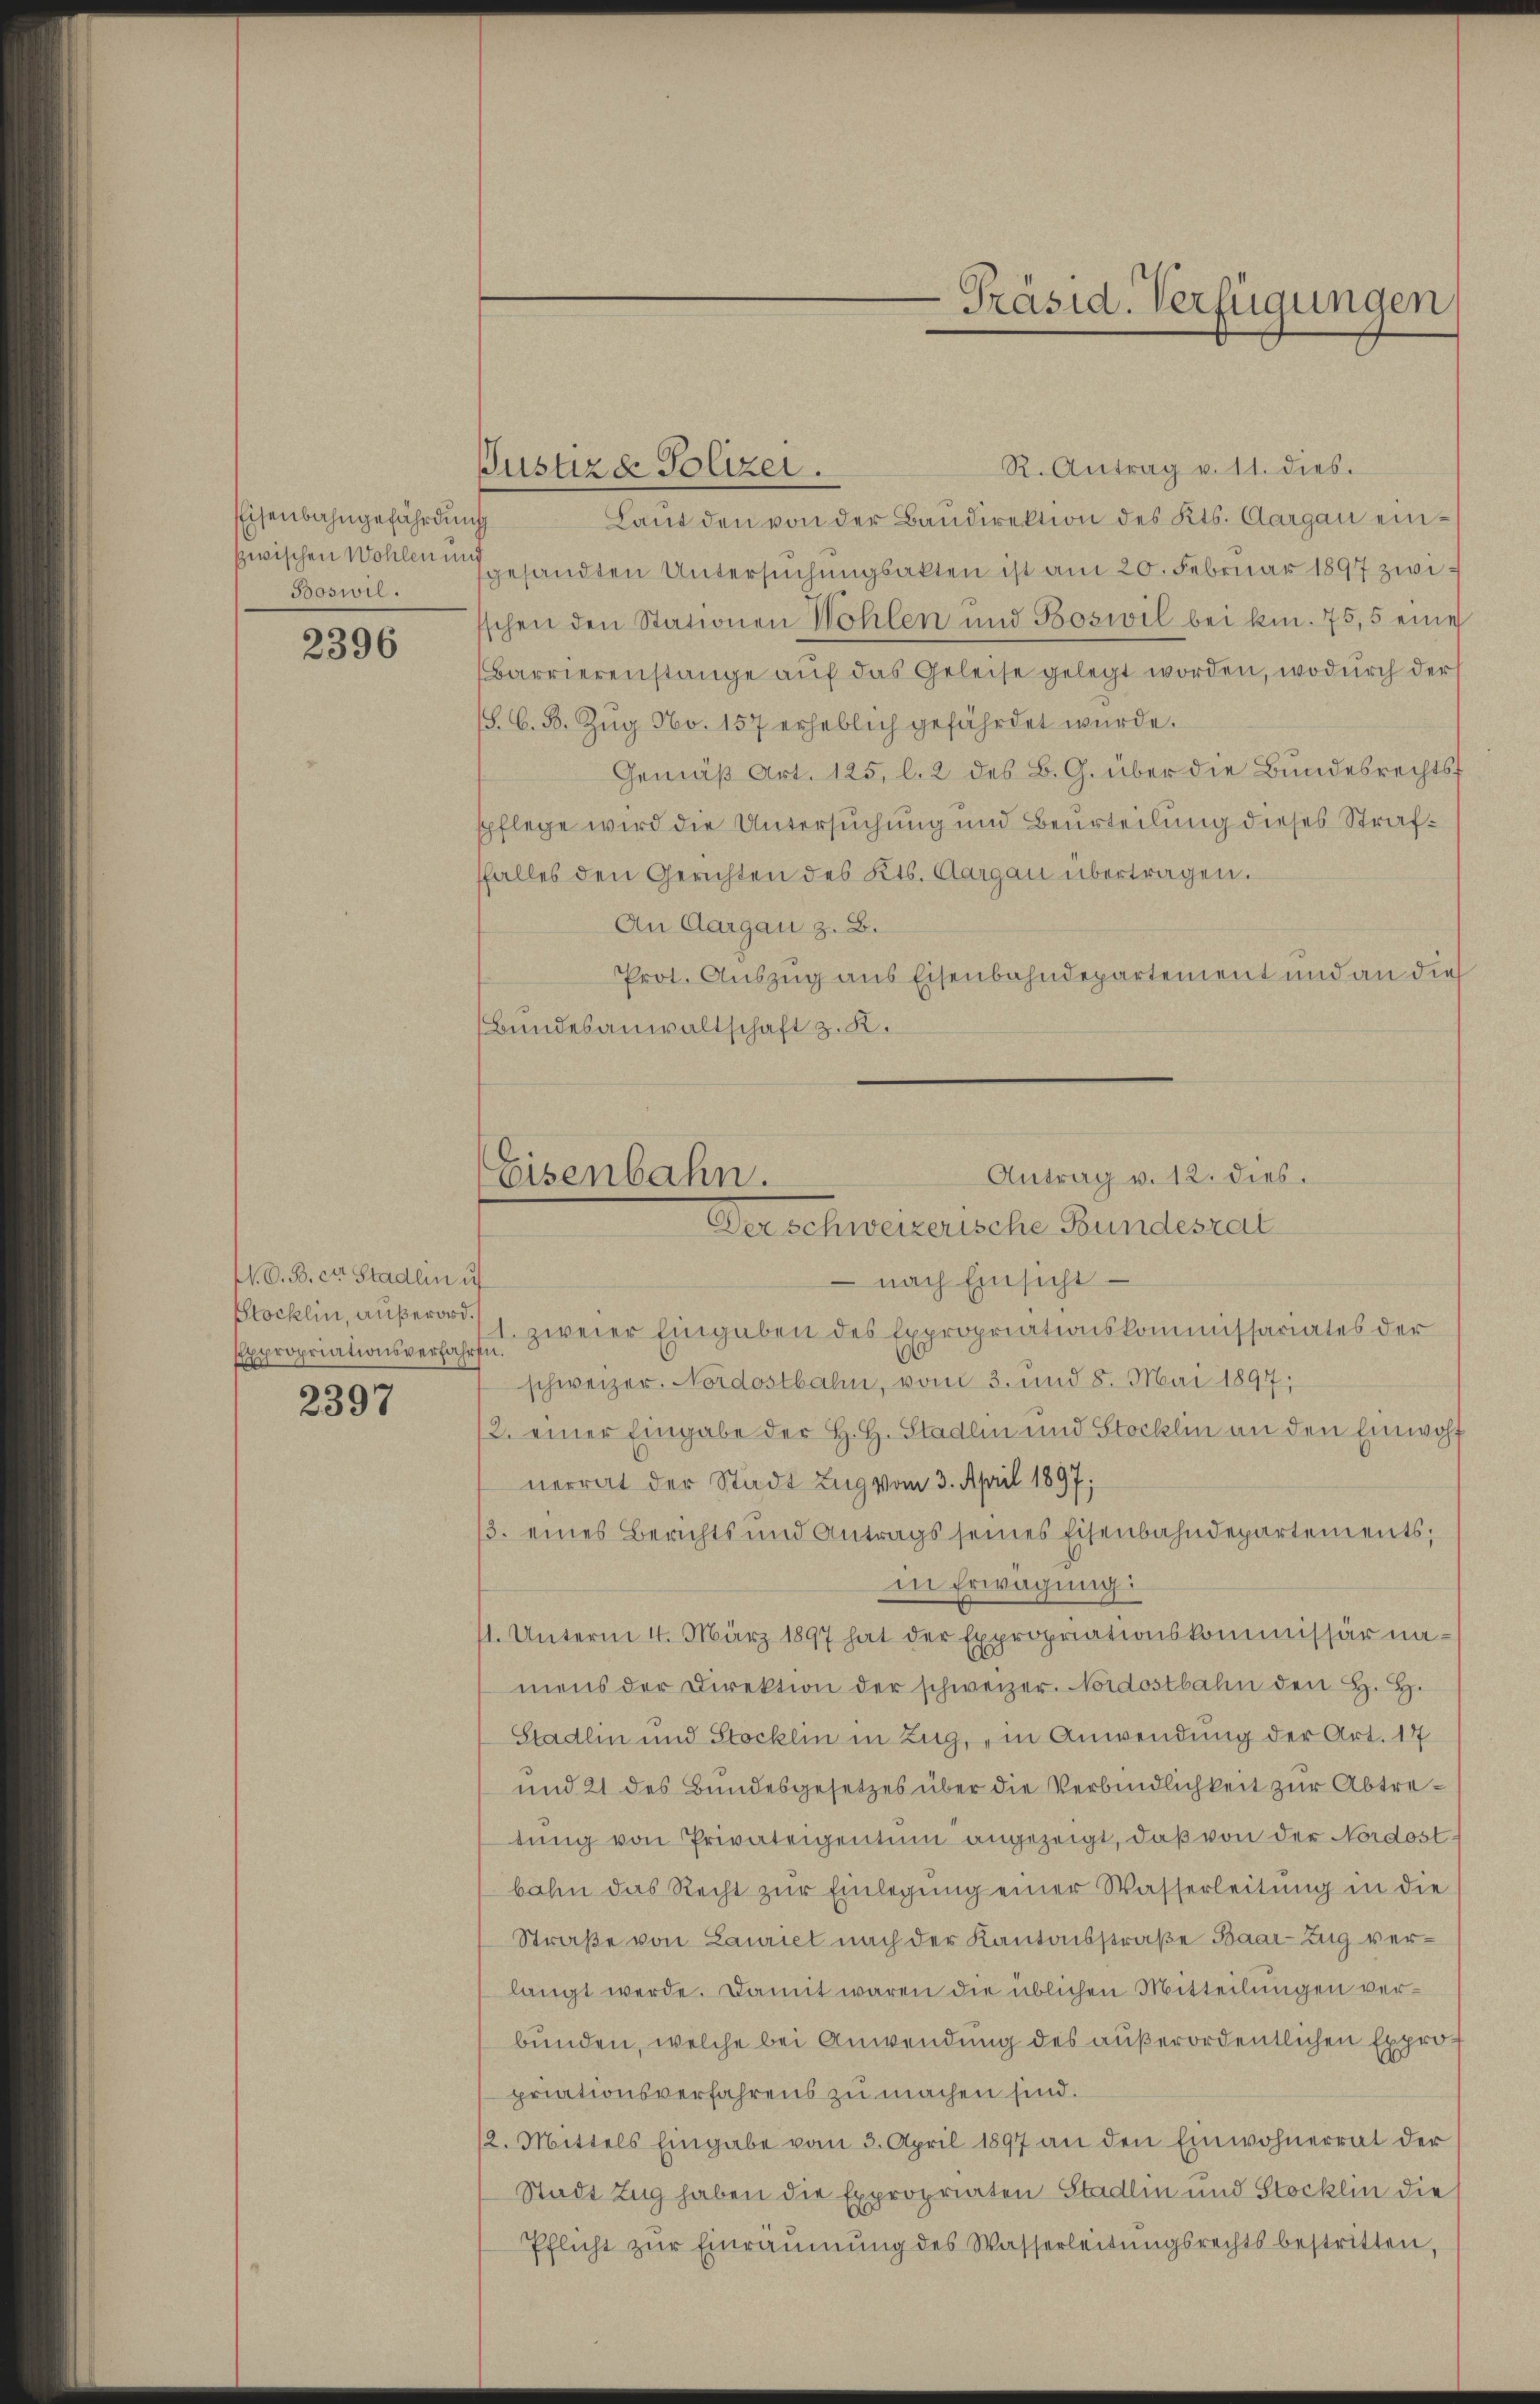
Eisenbahngefährdung
Boswil.

2396

W. O. B. cer. Stadlin u
Expropriationsverfahr

2397

R. Antrag v. 11. dies.
Justizd Polizei.
Laut den von der Baudirektion des Kts. Aargau einzwischen Wohlen gesandten Untersuchungsakten ist am 20. Februar 1897 zwischen den Stationen Wohlen und Boswil bei kn. 75,5 eine
Barrierenstange aŭf das Geleise gelegt worden, wodŭrch der
(S. 6. B. Zug No. 157 erheblich gefährdet wurde.
Gemäß Art. 125, l. 2 des B. G. über die Bundesrechtsf
spflege wird die Untersuchung und Beurteilung dieses Strafffalles den Gerichten des Kts. Aargau übertragen.
An Aargau z. B.
Prot. Auszug aus Eisenbahndepartement und an die
Bundesanwaltschaft z. K.

Antrag v. 12. dies.
Eisenbahn.
Der Schweizerische Bundesrat

nach Einsicht
Stocklin, außerord. 1. zweier Eingaben des Expropriationskommissariates der
fu
schweizer. Nordostbahn, vom 3. und 8. Mai 1897;
2. einer Eingabe der H. H. Stadlin und Stocklin an den Einwohf
nerrat der Stadt Zug vom 3. April 1897;
/3. eines Berichts und Antrags seines Eisenbahndepartements,
in Erwägung:
1. Unterm 4. März 1897 hat der Expropriationskommissär na-
mens der Direktion der schweizer. Nordostbahn den H. H.
Stadlin und Stocklin in Zug, in Anwendung der Art. 17
und 21 des Bundesgesetzes über die Verbindlichkeit zur Abtretŭng von Privateigentum angezeigt, daß von der Nordostbahn das Recht zŭr Einlegŭng einer Wasserleitung in die
Straße von Lauriet nach der Kantonsstraße Baar-Zug verlangt werde. Damit waren die üblichen Mitteilungen verbunden, welche bei Anwendung des außerordentlichen Expropriationsverfahrens zu machen sind.
12. Mittels Eingabe vom 3. April 1897 an den Einwohnerrat der
Stadt Zug haben die Expropriaten Stadlin und Stocklin die
Pflicht zŭr Einräŭmŭng des Wasserleitŭngsrechts bestritten,

Präsid. Verfügungen